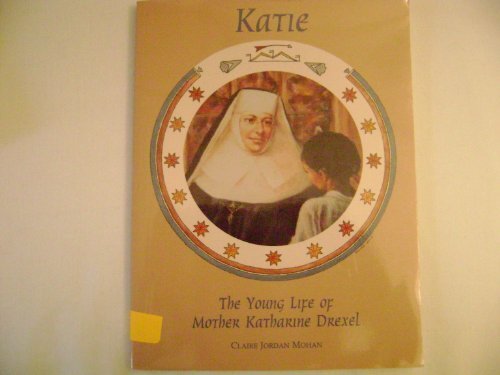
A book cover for Katie, The Young Life of Mother Katharine Drexel (Chritian Hero); Claire Jordan Mohan; Teen & Young Adult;